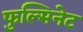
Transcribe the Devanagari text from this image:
फुल्मिनेट